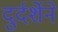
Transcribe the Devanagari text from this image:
दुर्दर्शेने